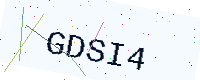
Text: GDSI4